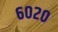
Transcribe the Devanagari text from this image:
६०२०